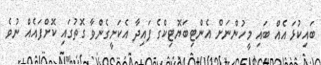
ބައިކުޅަ އެއް ބައި މީހުންނަށް އެންޓިބަޔޮޓިކްގެ ފައިދާ އެކަށީގެންވާ ގޮތުގައި ކޮށްފައެއް ނުވެ